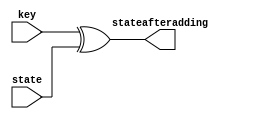
module addroundkey(stateafteradding,key,state);
input[127:0] key,state;
output[127:0] stateafteradding;

assign stateafteradding[127:0] = key[127:0]^state[127:0];

endmodule